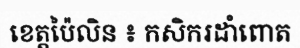
ខេត្តប៉ៃលិន ៖ កសិករដាំពោត